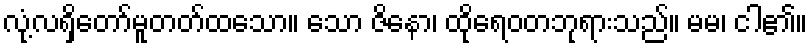
လုံ့လရှိတော်မူတတ်ထသော။ သော ဇိနော၊ ထိုရေဝတဘုရားသည်။ မမ၊ ငါ၏။